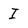
Character: I